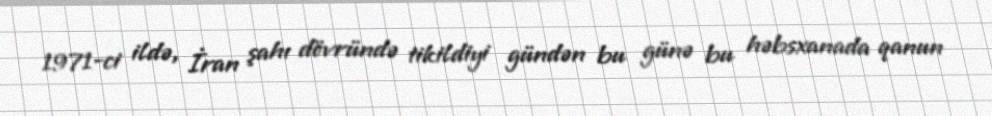
1971-ci ildə, İran şahı dövründə tikildiyi gündən bu günə bu həbsxanada qanun